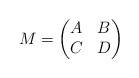
\begin{align*}M=\left(\begin{matrix}A & B \\C & D\\\end{matrix}\right)\end{align*}